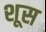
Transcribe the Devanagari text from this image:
शूस